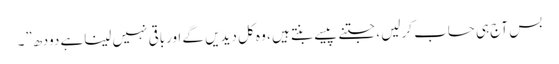
بس آج ہی حساب کرلیں ، جتنے پیسے بنتے ہیں ، وہ کل دیدیں گے اورباقی نہیں لیناہے دودھ”۔